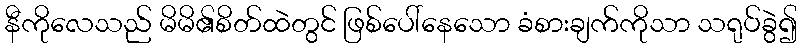
နီကိုလေသည် မိမိ၏စိတ်ထဲတွင် ဖြစ်ပေါ်နေသော ခံစားချက်ကိုသာ သရုပ်ခွဲ၍